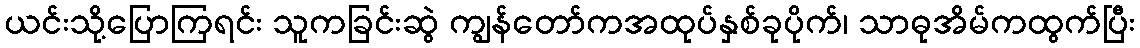
ယင်းသို့ပြောကြရင်း သူကခြင်းဆွဲ ကျွန်တော်ကအထုပ်နှစ်ခုပိုက်၊ သာဓုအိမ်ကထွက်ပြီး